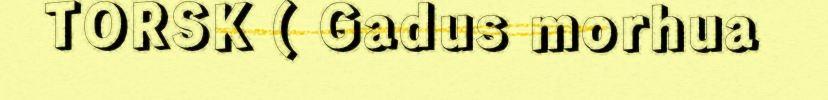
TORSK ( Gadus morhua